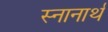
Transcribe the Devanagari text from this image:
स्‍नानार्थ